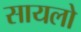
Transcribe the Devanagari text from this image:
सायलो